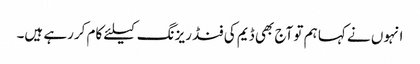
انہوں نے کہا ہم تو آج بھی ڈیم کی فنڈ ریزنگ کیلئے کام کررہے ہیں۔